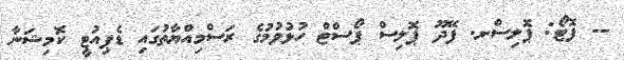
-- ފޮޓޯ: ޕޮލިސްށ. ފޭދޫ ޕޮލިސް ޕޯސްޓް ހުޅުވުމުގެ ރަސްމިއްޔާތުގައި ޑެޕިއުޓީ ކޮމިޝަނާ